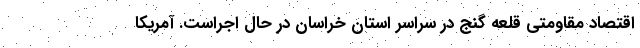
اقتصاد مقاومتیِ قلعه گنج در سراسر استان خراسان در حال اجراست. آمریکا